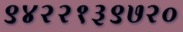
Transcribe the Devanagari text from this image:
९४२२१३९७२०